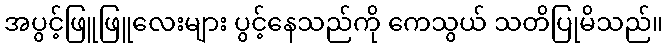
အပွင့်ဖြူဖြူလေးများ ပွင့်နေသည်ကို ကေသွယ် သတိပြုမိသည်။